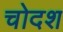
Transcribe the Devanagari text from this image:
चोदश